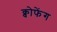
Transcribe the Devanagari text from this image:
क्वोफेंग